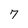
Character: 7